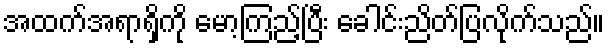
အထက်အရာရှိကို မော့ကြည့်ပြီး ခေါင်းညိတ်ပြလိုက်သည်။